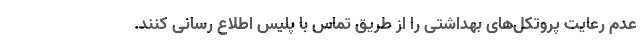
عدم رعایت پروتکل‌های بهداشتی را از طریق تماس با پلیس اطلاع رسانی کنند.